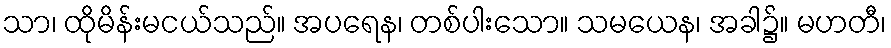
သာ၊ ထိုမိန်းမငယ်သည်။ အပရေန၊ တစ်ပါးသော။ သမယေန၊ အခါ၌။ မဟတီ၊